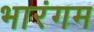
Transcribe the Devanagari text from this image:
भारंगम